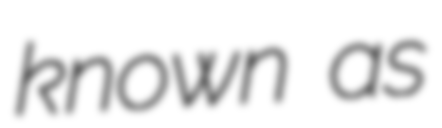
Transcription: known as